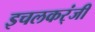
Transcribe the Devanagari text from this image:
इचलकर्ंजी